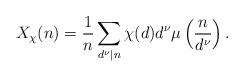
LaTeX: \begin{align*}X_{\chi}(n)=\frac{1}{n}\sum_{d^{\nu}|n}\chi(d)d^{\nu}\mu\left(\frac{n}{d^{\nu}}\right).\end{align*}